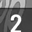
Digit: 2